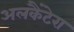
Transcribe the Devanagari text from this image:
अलकैंटेरा